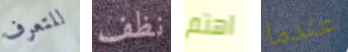
للتعرف نظف اهتم عندما